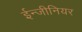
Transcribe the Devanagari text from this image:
ईन्जीनियर